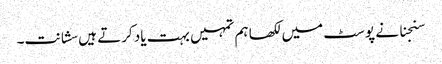
سنجنا نے پوسٹ میں لکھا ہم تمہیں بہت یاد کرتے ہیں سشانت۔